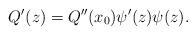
LaTeX: \begin{align*}Q^{\prime}(z)=Q^{\prime \prime}(x_0)\psi^{\prime}(z)\psi(z).\end{align*}